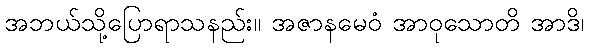
အဘယ်သို့ပြောရာသနည်း။ အဇာနမေဝံ အာဝုသောတိ အာဒိ၊